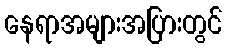
နေရာအများအပြားတွင်